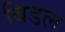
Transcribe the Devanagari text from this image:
बिडल